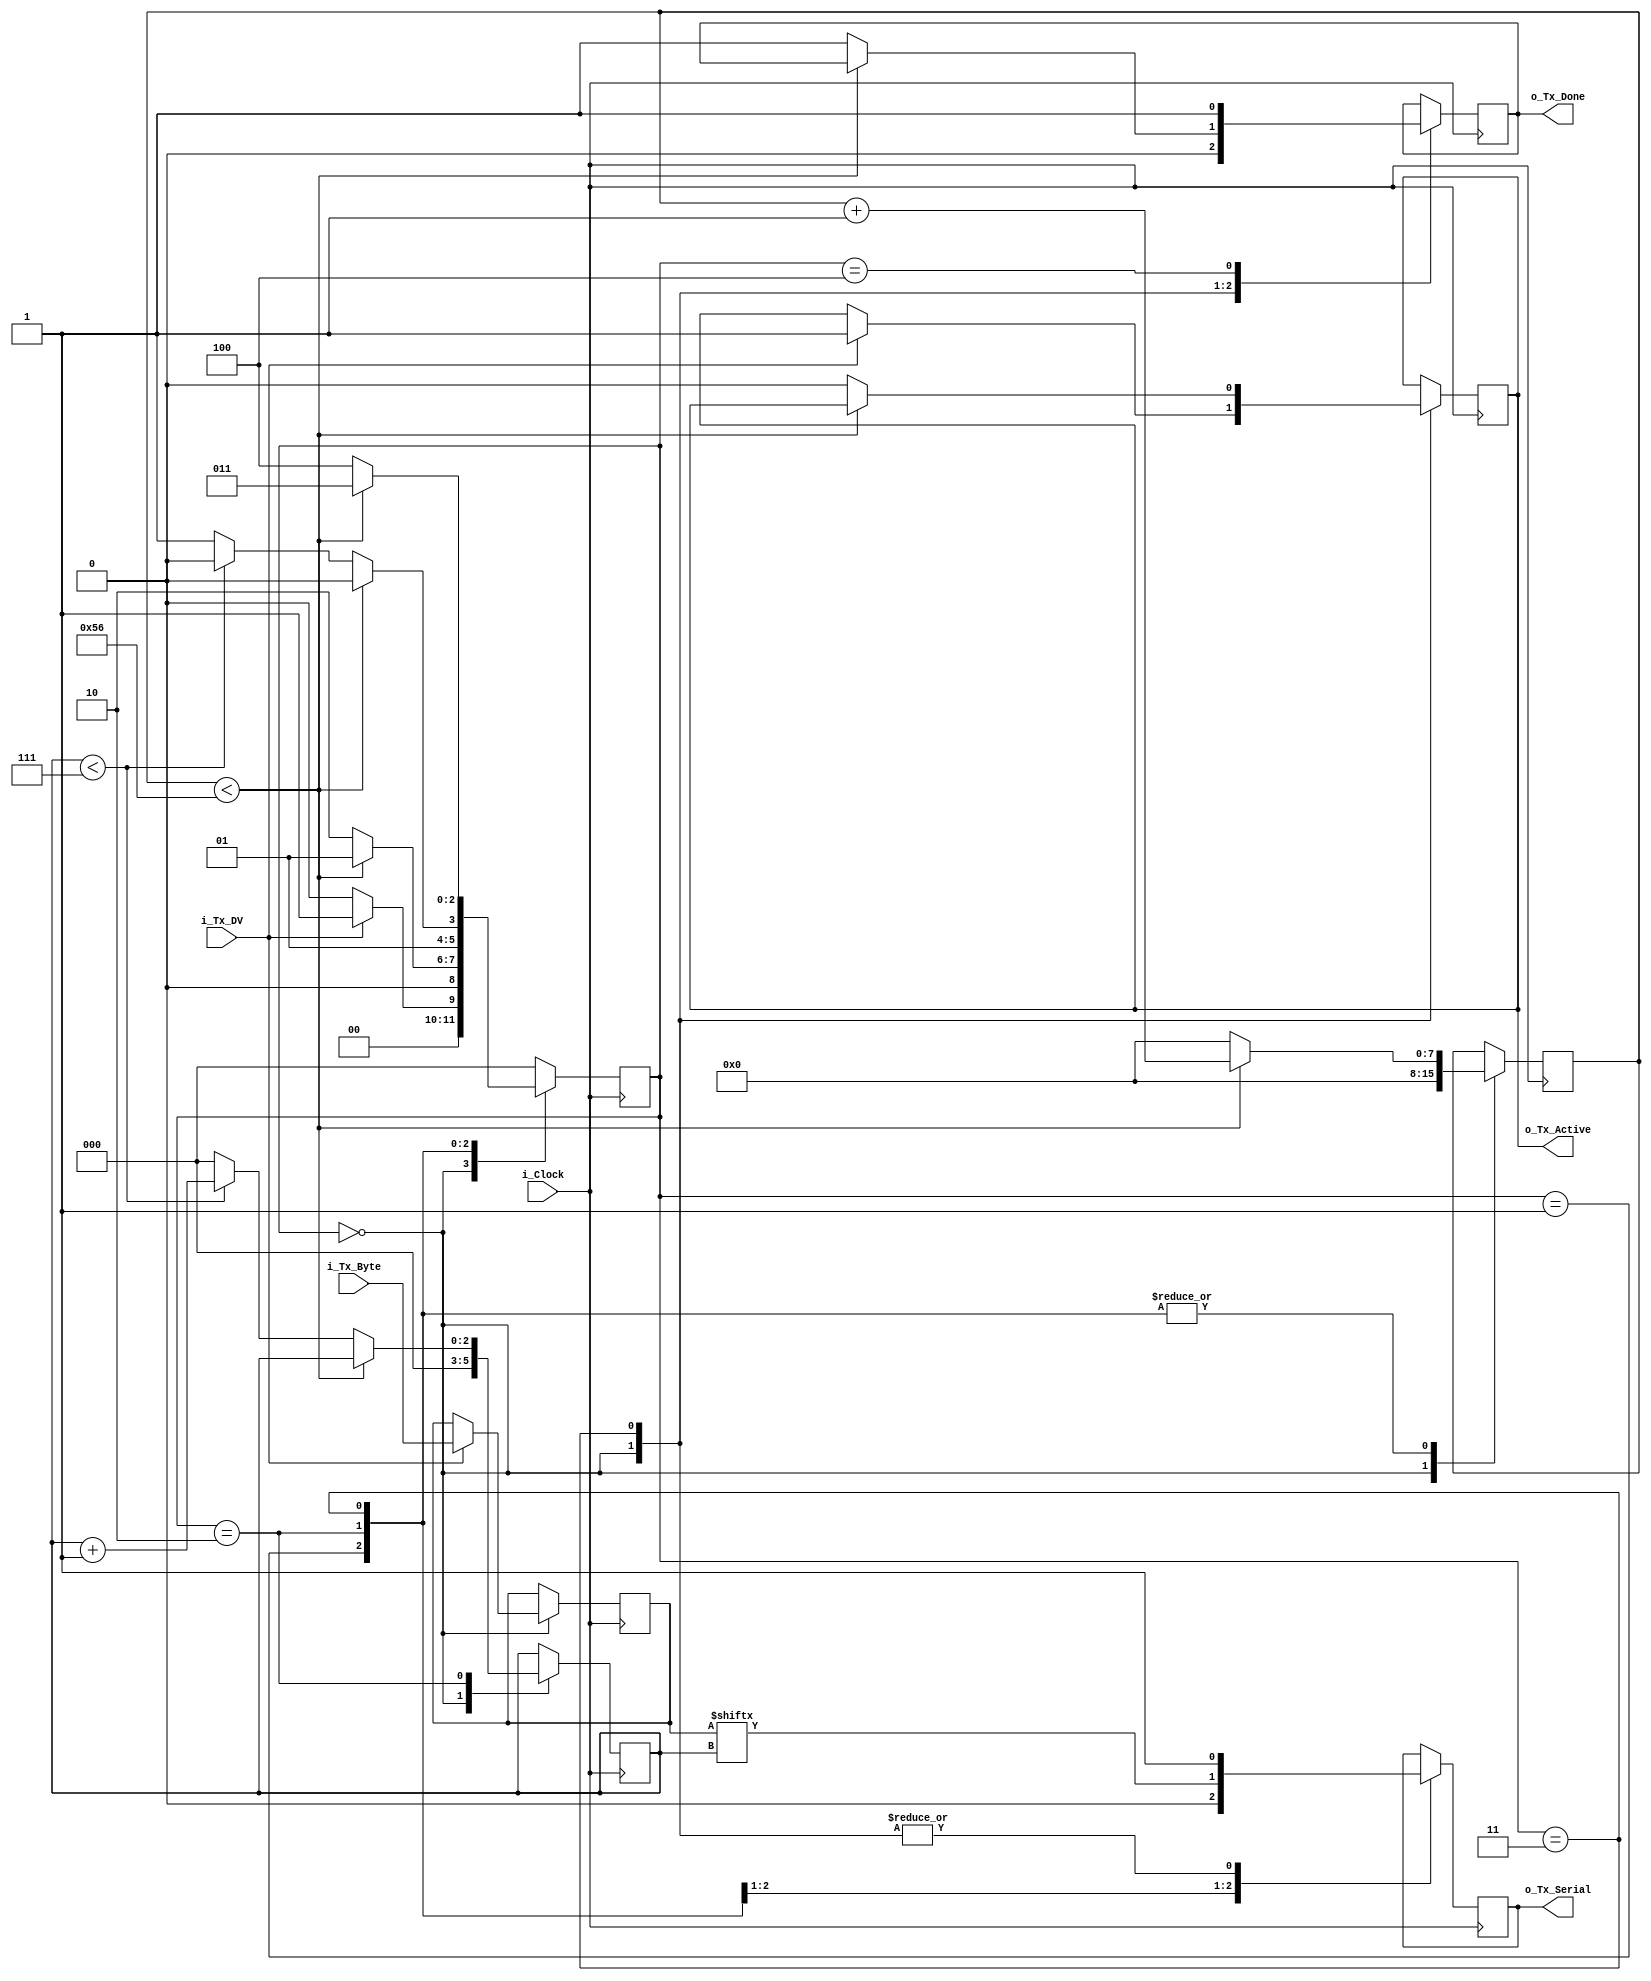
// This file contains the UART Transmitter.  This transmitter is able
// to transmit 8 bits of serial data, one start bit, one stop bit,
// and no parity bit.  When transmit is complete o_Tx_done will be
// driven high for one clock cycle.
// Set Parameter CLKS_PER_BIT as follows:
// CLKS_PER_BIT = (Frequency of i_Clock)/(Frequency of UART)
// Example: 10 MHz Clock, 115200 baud UART
// (10000000)/(115200) = 87
//The baud rate is the rate at which information is transferred in a 
//communication channel. In the serial port context, "9600 baud" means that the 
//serial port is capable of transferring a maximum of 9600 bits per second
module uart_tx (
   input       i_Clock,
   input       i_Tx_DV,
   input [7:0] i_Tx_Byte, 
   output      o_Tx_Active,
   output reg  o_Tx_Serial,
   output      o_Tx_Done
   );
  parameter CLKS_PER_BIT=8'D87;
  parameter s_IDLE         = 3'b000;
  parameter s_TX_START_BIT = 3'b001;
  parameter s_TX_DATA_BITS = 3'b010;
  parameter s_TX_STOP_BIT  = 3'b011;
  parameter s_CLEANUP      = 3'b100;
   
  reg [2:0]    r_SM_Main     = 0;
  reg [7:0]    r_Clock_Count = 0;
  reg [2:0]    r_Bit_Index   = 0;
  reg [7:0]    r_Tx_Data     = 0;
  reg          r_Tx_Done     = 0;
  reg          r_Tx_Active   = 0;
     
  always @(posedge i_Clock)
    begin
       
      case (r_SM_Main)
        s_IDLE :
          begin
            o_Tx_Serial   <= 1'b1;         // Drive Line High for Idle
            r_Tx_Done     <= 1'b0;
            r_Clock_Count <= 0;
            r_Bit_Index   <= 0;
             
            if (i_Tx_DV == 1'b1)
              begin
                r_Tx_Active <= 1'b1;
                r_Tx_Data   <= i_Tx_Byte;
                r_SM_Main   <= s_TX_START_BIT;
              end
            else
              r_SM_Main <= s_IDLE;
          end // case: s_IDLE
         
         
        // Send out Start Bit. Start bit = 0
        s_TX_START_BIT :
          begin
            o_Tx_Serial <= 1'b0;
             
            // Wait CLKS_PER_BIT-1 clock cycles for start bit to finish
            if (r_Clock_Count < CLKS_PER_BIT-1)
              begin
                r_Clock_Count <= r_Clock_Count + 1;
                r_SM_Main     <= s_TX_START_BIT;
              end
            else
              begin
                r_Clock_Count <= 0;
                r_SM_Main     <= s_TX_DATA_BITS;
              end
          end // case: s_TX_START_BIT
         
         
        // Wait CLKS_PER_BIT-1 clock cycles for data bits to finish         
        s_TX_DATA_BITS :
          begin
            o_Tx_Serial <= r_Tx_Data[r_Bit_Index];
             
            if (r_Clock_Count < CLKS_PER_BIT-1)
              begin
                r_Clock_Count <= r_Clock_Count + 1;
                r_SM_Main     <= s_TX_DATA_BITS;
              end
            else
              begin
                r_Clock_Count <= 0;
                 
                // Check if we have sent out all bits
                if (r_Bit_Index < 7)
                  begin
                    r_Bit_Index <= r_Bit_Index + 1;
                    r_SM_Main   <= s_TX_DATA_BITS;
                  end
                else
                  begin
                    r_Bit_Index <= 0;
                    r_SM_Main   <= s_TX_STOP_BIT;
                  end
              end
          end // case: s_TX_DATA_BITS
          
        // Send out Stop bit.  Stop bit = 1
        s_TX_STOP_BIT :
          begin
            o_Tx_Serial <= 1'b1;
             
            // Wait CLKS_PER_BIT-1 clock cycles for Stop bit to finish
            if (r_Clock_Count < CLKS_PER_BIT-1)
              begin
                r_Clock_Count <= r_Clock_Count + 1;
                r_SM_Main     <= s_TX_STOP_BIT;
              end
            else
              begin
                r_Tx_Done     <= 1'b1;
                r_Clock_Count <= 0;
                r_SM_Main     <= s_CLEANUP;
                r_Tx_Active   <= 1'b0;
              end
          end // case: s_Tx_STOP_BIT
                
        // Stay here 1 clock
        s_CLEANUP :
          begin
            r_Tx_Done <= 1'b1;
            r_SM_Main <= s_IDLE;
          end
                
        default :
          r_SM_Main <= s_IDLE;
         
      endcase
    end
 
  assign o_Tx_Active = r_Tx_Active;
  assign o_Tx_Done   = r_Tx_Done;
   
endmodule